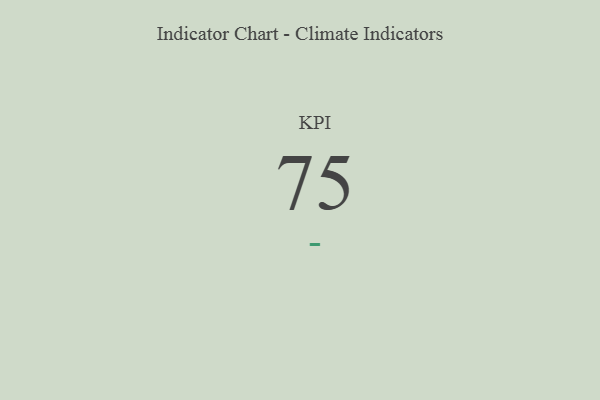
{"axis": {"x": "KPI", "y": "Value"}, "legend": [""], "data": [{"x": "KPI", "y": 75, "type": ""}]}